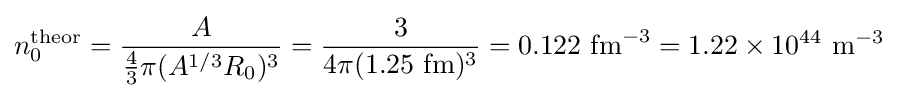
n_{0}^{\mathrm {theor} }={\frac {A}{{4 \over 3}\pi (A^{1/3}R_{0})^{3}}}={\frac {3}{4\pi (1.25\ \mathrm {fm} )^{3}}}=0.122\ \mathrm {fm} ^{-3}=1.22\times 10^{44}\ \mathrm {m} ^{-3}